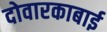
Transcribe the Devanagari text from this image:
दोवारकाबाई